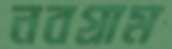
নবগ্রাম